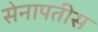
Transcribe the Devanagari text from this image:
सेनापतीस